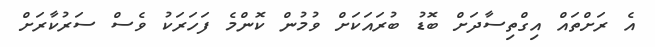
އެ ރަށްތައް އިގްތިސާދަށް ބޮޑު ބުރައަކަށް ވުމުން ކޮންމެ ފަހަރަކު ވެސް ސަރުކާރަށް